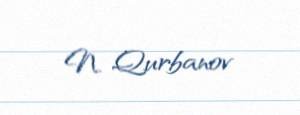
N. Qurbanov